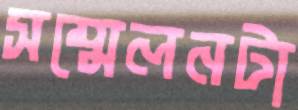
সম্মেলনটা